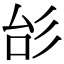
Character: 㣍